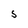
Character: S